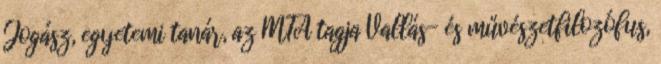
Jogász, egyetemi tanár, az MTA tagja Vallás- és művészetfilozófus,